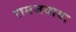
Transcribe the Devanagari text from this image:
रामजवाया